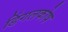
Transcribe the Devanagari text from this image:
डिंगलकोष